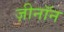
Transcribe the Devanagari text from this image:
ज़ीनॉन